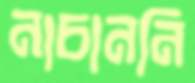
নাচাননি